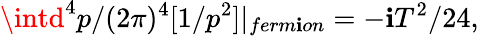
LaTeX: \intd^{4}p/(2\pi)^{4}[1/p^{2}]|_{ferm\mathbf{i}on}=-\mathbf{i}T^{2}/24,